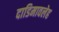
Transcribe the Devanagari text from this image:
दाडिमावलेह